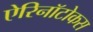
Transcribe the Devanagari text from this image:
ऐरिनॉटोकस